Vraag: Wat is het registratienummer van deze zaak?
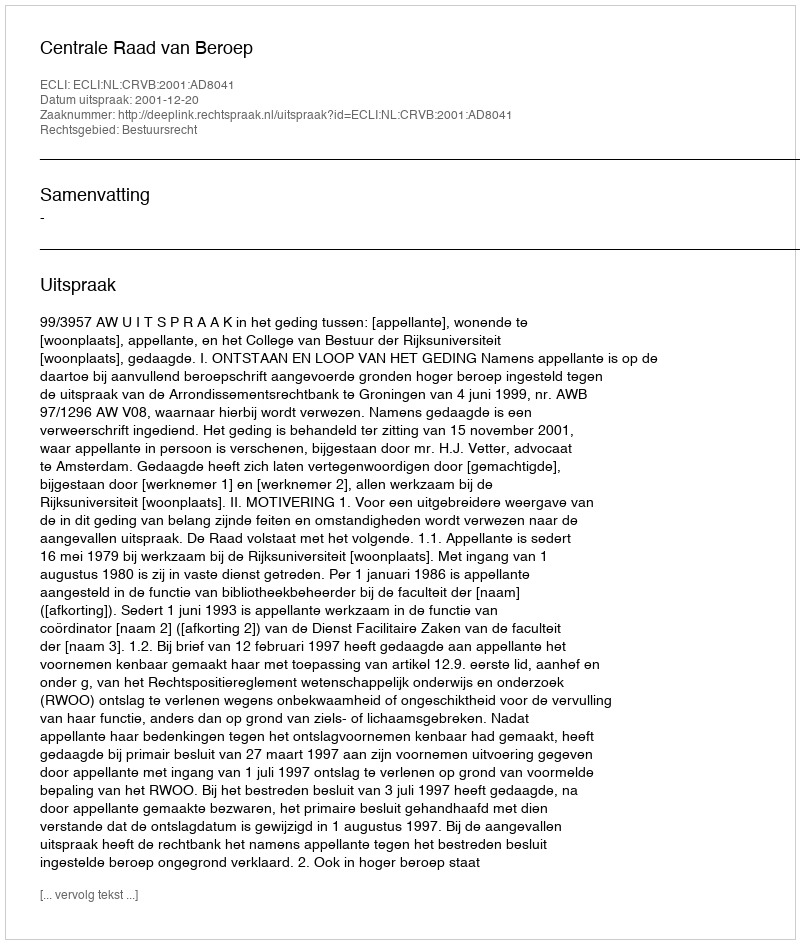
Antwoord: http://deeplink.rechtspraak.nl/uitspraak?id=ECLI:NL:CRVB:2001:AD8041